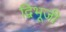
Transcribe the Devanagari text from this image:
द्विभूजी